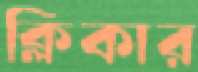
ক্লিকার